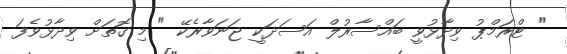
" ޓްރަމްޕު ވިދާޅުވީ ބައްސާރުލް އަސަދަކީ ޖަނަވާރެކޭ " މި ގޮތަށް ވިދާޅުވެފަ